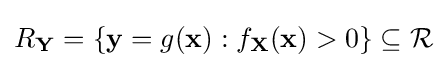
R_{\mathbf {Y} }=\{\mathbf {y} =g(\mathbf {x} ):f_{\mathbf {X} }(\mathbf {x} )>0\}\subseteq {\mathcal {R}}